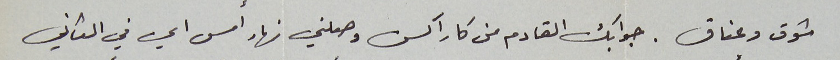
شوق وعناق. جوابك القادم من كاراكس وصلني نهار أمس اي في الثاني